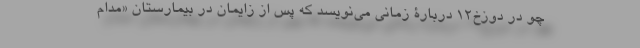
چو در دوزخ۱۲ دربارۀ زمانی می‌نویسد که پس از زایمان در بیمارستان «مدام